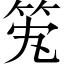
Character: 𥫹